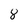
Character: 8